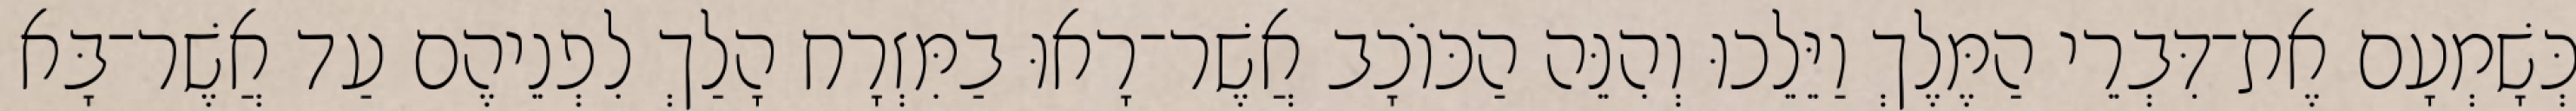
כְּשָׁמְעָם אֶת־דִּבְרֵי הַמֶּלֶךְ וַיֵּלֵכוּ וְהִנֵּה הַכּוֹכָב אֲשֶׁר־רָאוּ בַמִּזְרָח הָלַךְ לִפְנֵיהֶם עַד אֲשֶׁר־בָּא